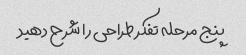
پنج مرحله تفکر طراحی را شرح دهید